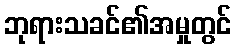
ဘုရားသခင်၏အမှုတွင်